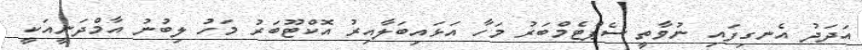
އަދަދު އެނގިފައި ނުވާތީ ސެޕްޓެމްބަރު މަހާ އަޅައިބަލާއިރު އޮކްޓޫބަރު މަހު ލިބުނު އާމްދަނީއަކީ